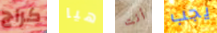
كراج هيا أنت يجب